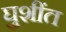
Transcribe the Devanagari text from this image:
घुशींत